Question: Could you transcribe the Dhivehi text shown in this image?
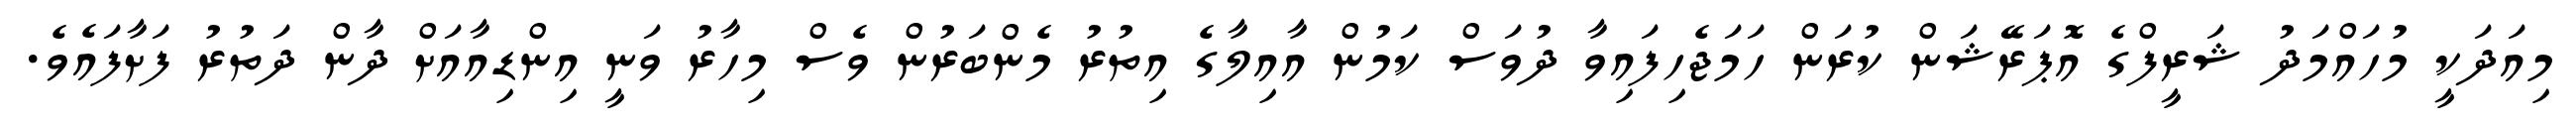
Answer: މިއަދަކީ މުހައްމަދު ޝަރީފްގެ އޮޕަރޭޝަން ކުރަން ހަމަޖެހިފައިވާ ދުވަސް ކަމުން އާއިލާގެ އިތުރު މެންބަރުން ވެސް މިހާރު ވަނީ އިންޑިއާއަށް ދާން ދަތުރު ފަށާފައެވެ.